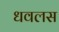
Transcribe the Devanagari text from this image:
धवलस